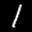
Label: 1